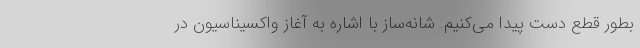
بطور قطع دست پیدا می‌کنیم. شانه‌ساز با اشاره به آغاز واکسیناسیون در